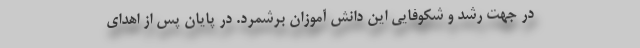
در جهت رشد و شکوفایی این دانش آموزان برشمرد. در پایان پس از اهدای